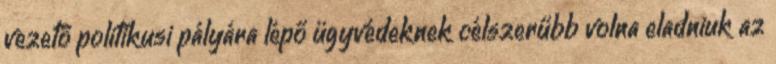
vezető politikusi pályára lépő ügyvédeknek célszerűbb volna eladniuk az